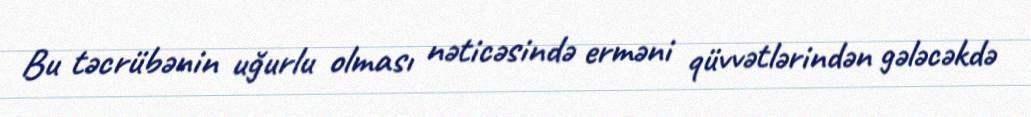
Bu təcrübənin uğurlu olması nəticəsində erməni qüvvətlərindən gələcəkdə